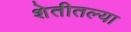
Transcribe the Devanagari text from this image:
शेतीतल्या